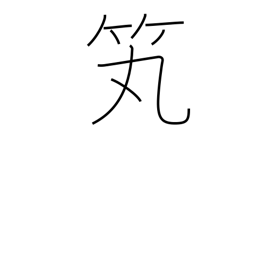
Meaning: arrow holder